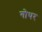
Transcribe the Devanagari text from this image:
गोथर